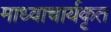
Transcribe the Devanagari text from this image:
माध्वाचार्यकृत